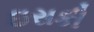
ઇરાકી